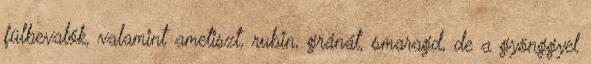
fülbevalók, valamint ametiszt, rubin, gránát, smaragd, de a gyönggyel